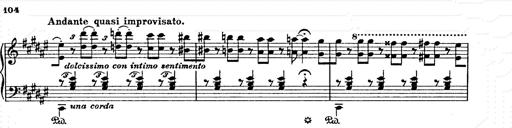
Title: AnnÃ©es de pÃ¨lerinage II
Composer: Franz Liszt